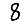
Digit: 8